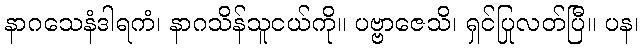
နာဂသေနံဒါရကံ၊ နာဂသိန်သူငယ်ကို။ ပဗ္ဗာဇေသိ၊ ရှင်ပြုလတ်ပြီ။ ပန၊